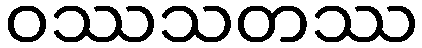
ဝဿသတဿ